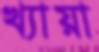
খ্যায়া